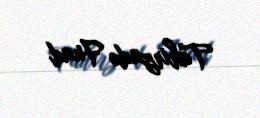
Tahirzadə Fuad